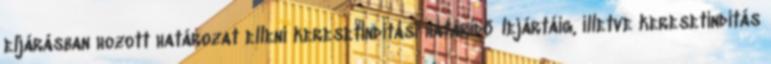
eljárásban hozott határozat elleni keresetindítási határidő lejártáig, illetve keresetindítás